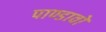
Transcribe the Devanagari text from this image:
पाण्डावों